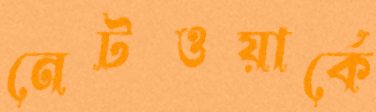
নেটওয়ার্কে